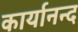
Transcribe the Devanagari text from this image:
कार्यानन्द